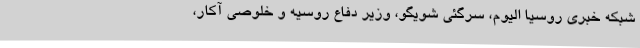
شبکه خبری روسیا الیوم، سرگئی شویگو، وزیر دفاع روسیه و خلوصی آکار،